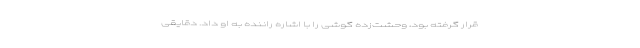
قرار گرفته بود، وحشت‌زده گوشی را با اشاره راننده به او داد. دقایقی